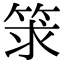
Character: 𥭑